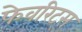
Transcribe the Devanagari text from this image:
फेवरिट्स